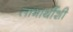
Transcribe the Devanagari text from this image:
लाभार्थीशी